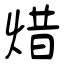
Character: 焟